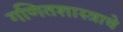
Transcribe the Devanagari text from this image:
गणितशास्त्राचे